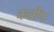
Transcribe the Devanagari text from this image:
कटींग